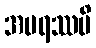
အပရဿပိ